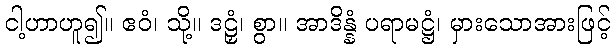
ငါ့ဟာဟူ၍။ ဧဝံ၊ သို့။ ဒဠှံ၊ စွာ။ အာဒိန္နံ ပရာမဋ္ဌံ၊ မှားသောအားဖြင့်